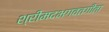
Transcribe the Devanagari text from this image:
श्रीमदभगवतगीता